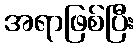
အရာဖြစ်ပြီး